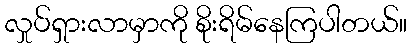
လှုပ်ရှားလာမှာကို စိုးရိမ်နေကြပါတယ်။